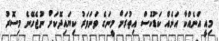
މިއީ އަނެއްކާ އަނެއް ކަޑުކޮސް އިތުރަށް މީނަގެ ވަނަވަރު ކިޔައިދޭކަށް ނުޖެހޭނެ މިސޮރު